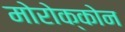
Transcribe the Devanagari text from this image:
मोरोक्कोन